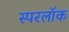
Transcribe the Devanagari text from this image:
स्परलॉक